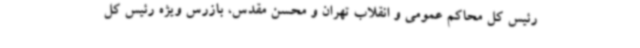
رئیس کل محاکم عمومی و انقلاب تهران و محسن مقدس، بازرس ویژه رئیس کل